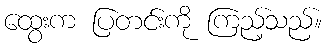
ထွေးက ပြတင်းကို ကြည့်သည်။